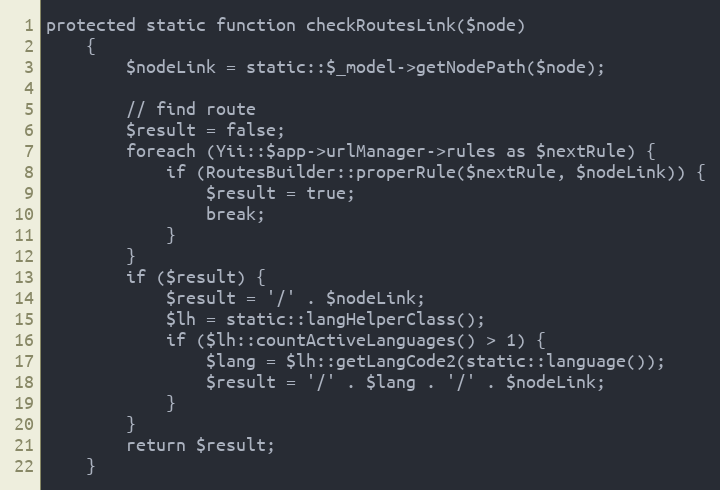
Language: PHP
protected static function checkRoutesLink($node)
    {
        $nodeLink = static::$_model->getNodePath($node);

        // find route
        $result = false;
        foreach (Yii::$app->urlManager->rules as $nextRule) {
            if (RoutesBuilder::properRule($nextRule, $nodeLink)) {
                $result = true;
                break;
            }
        }
        if ($result) {
            $result = '/' . $nodeLink;
            $lh = static::langHelperClass();
            if ($lh::countActiveLanguages() > 1) {
                $lang = $lh::getLangCode2(static::language());
                $result = '/' . $lang . '/' . $nodeLink;
            }
        }
        return $result;
    }